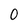
Character: 0